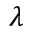
\lambda